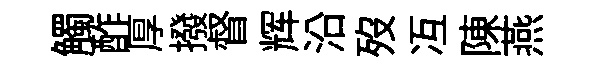
觸酢厚撥督辉沿歿冱陳燕